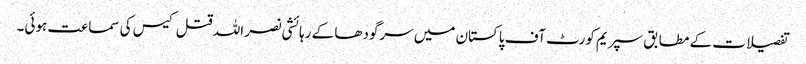
تفصیلات کے مطابق سپریم کورٹ آف پاکستان میں سرگودھا کے رہائشی نصر اللہ قتل کیس کی سماعت ہوئی۔